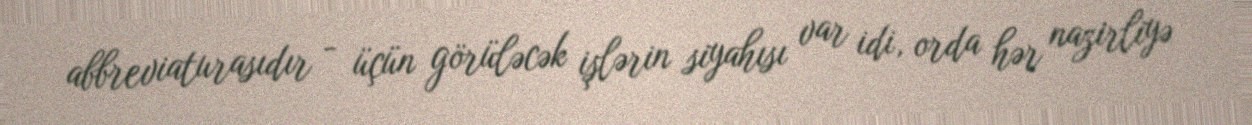
abbreviaturasıdır - üçün görüləcək işlərin siyahısı var idi, orda hər nazirliyə